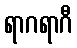
ရာဂရာဂီ